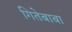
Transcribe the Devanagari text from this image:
गितेबाबा